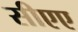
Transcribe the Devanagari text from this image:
सीएए